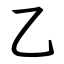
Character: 乙